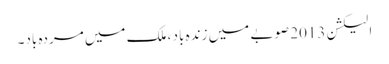
الیکشن 2013 صوبے میں زندہ باد ، ملک میں مردہ باد۔